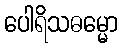
ပေါရိသဓမ္မော